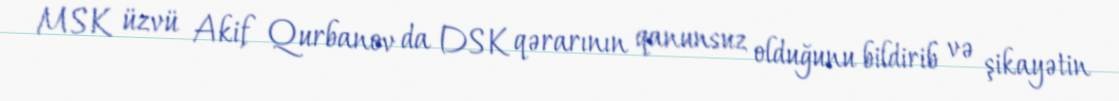
MSK üzvü Akif Qurbanov da DSK qərarının qanunsuz olduğunu bildirib və şikayətin